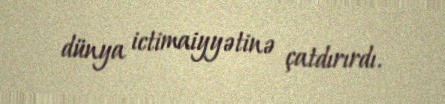
dünya ictimaiyyətinə çatdırırdı.